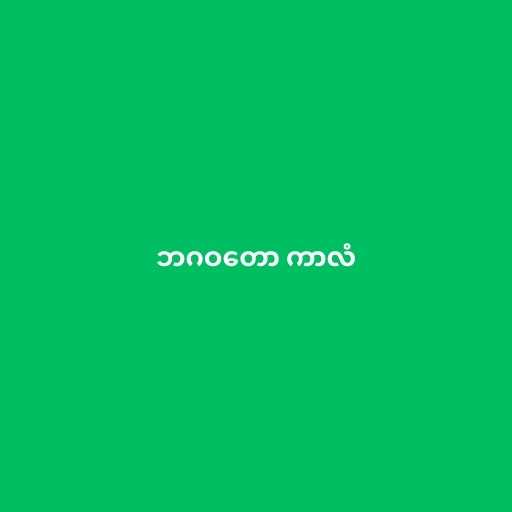
ဘဂဝတော ကာလံ